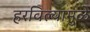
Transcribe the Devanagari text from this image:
हरविल्यामुळे